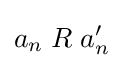
a_{n}\mathrel {R} a'_{n}